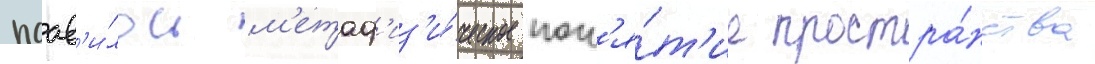
поав'и́лось м'етаф'из'и́ческое пон'я́т'ие простра́нства